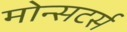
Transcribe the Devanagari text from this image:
मोन्सटर्स